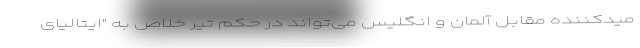
میدکننده مقابل آلمان و انگلیس می‌تواند در حکم تیر خلاص به "ایتالیای